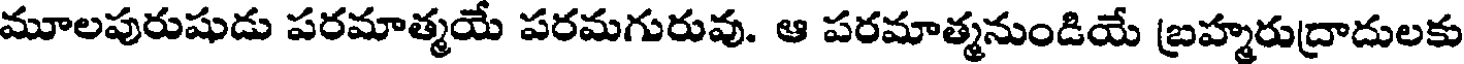
మూలపురుషుడు పరమాత్మయే పరమగురువు. ఆ పరమాత్మనుండియే బ్రహ్మరుద్రాదులకు